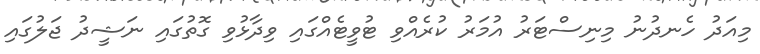
މިއަދު ހެނދުނު މިނިސްޓަރު އުމަރު ކުރެއްްވި ޓުވީޓެއްގައި ވިދާޅުވި ގޮތުގައި ނަޝީދު ޖަލުގައި